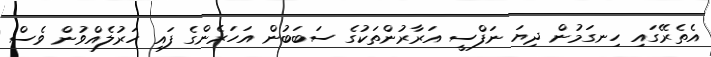
އެތެރޭގައި ހިނގަމުން ދިޔަ ނަފްސީ އަރާރުންތަކުގެ ސަބަބުން އަހަރެންގެ ފައި ހަރުލެއްވުން ވެސް